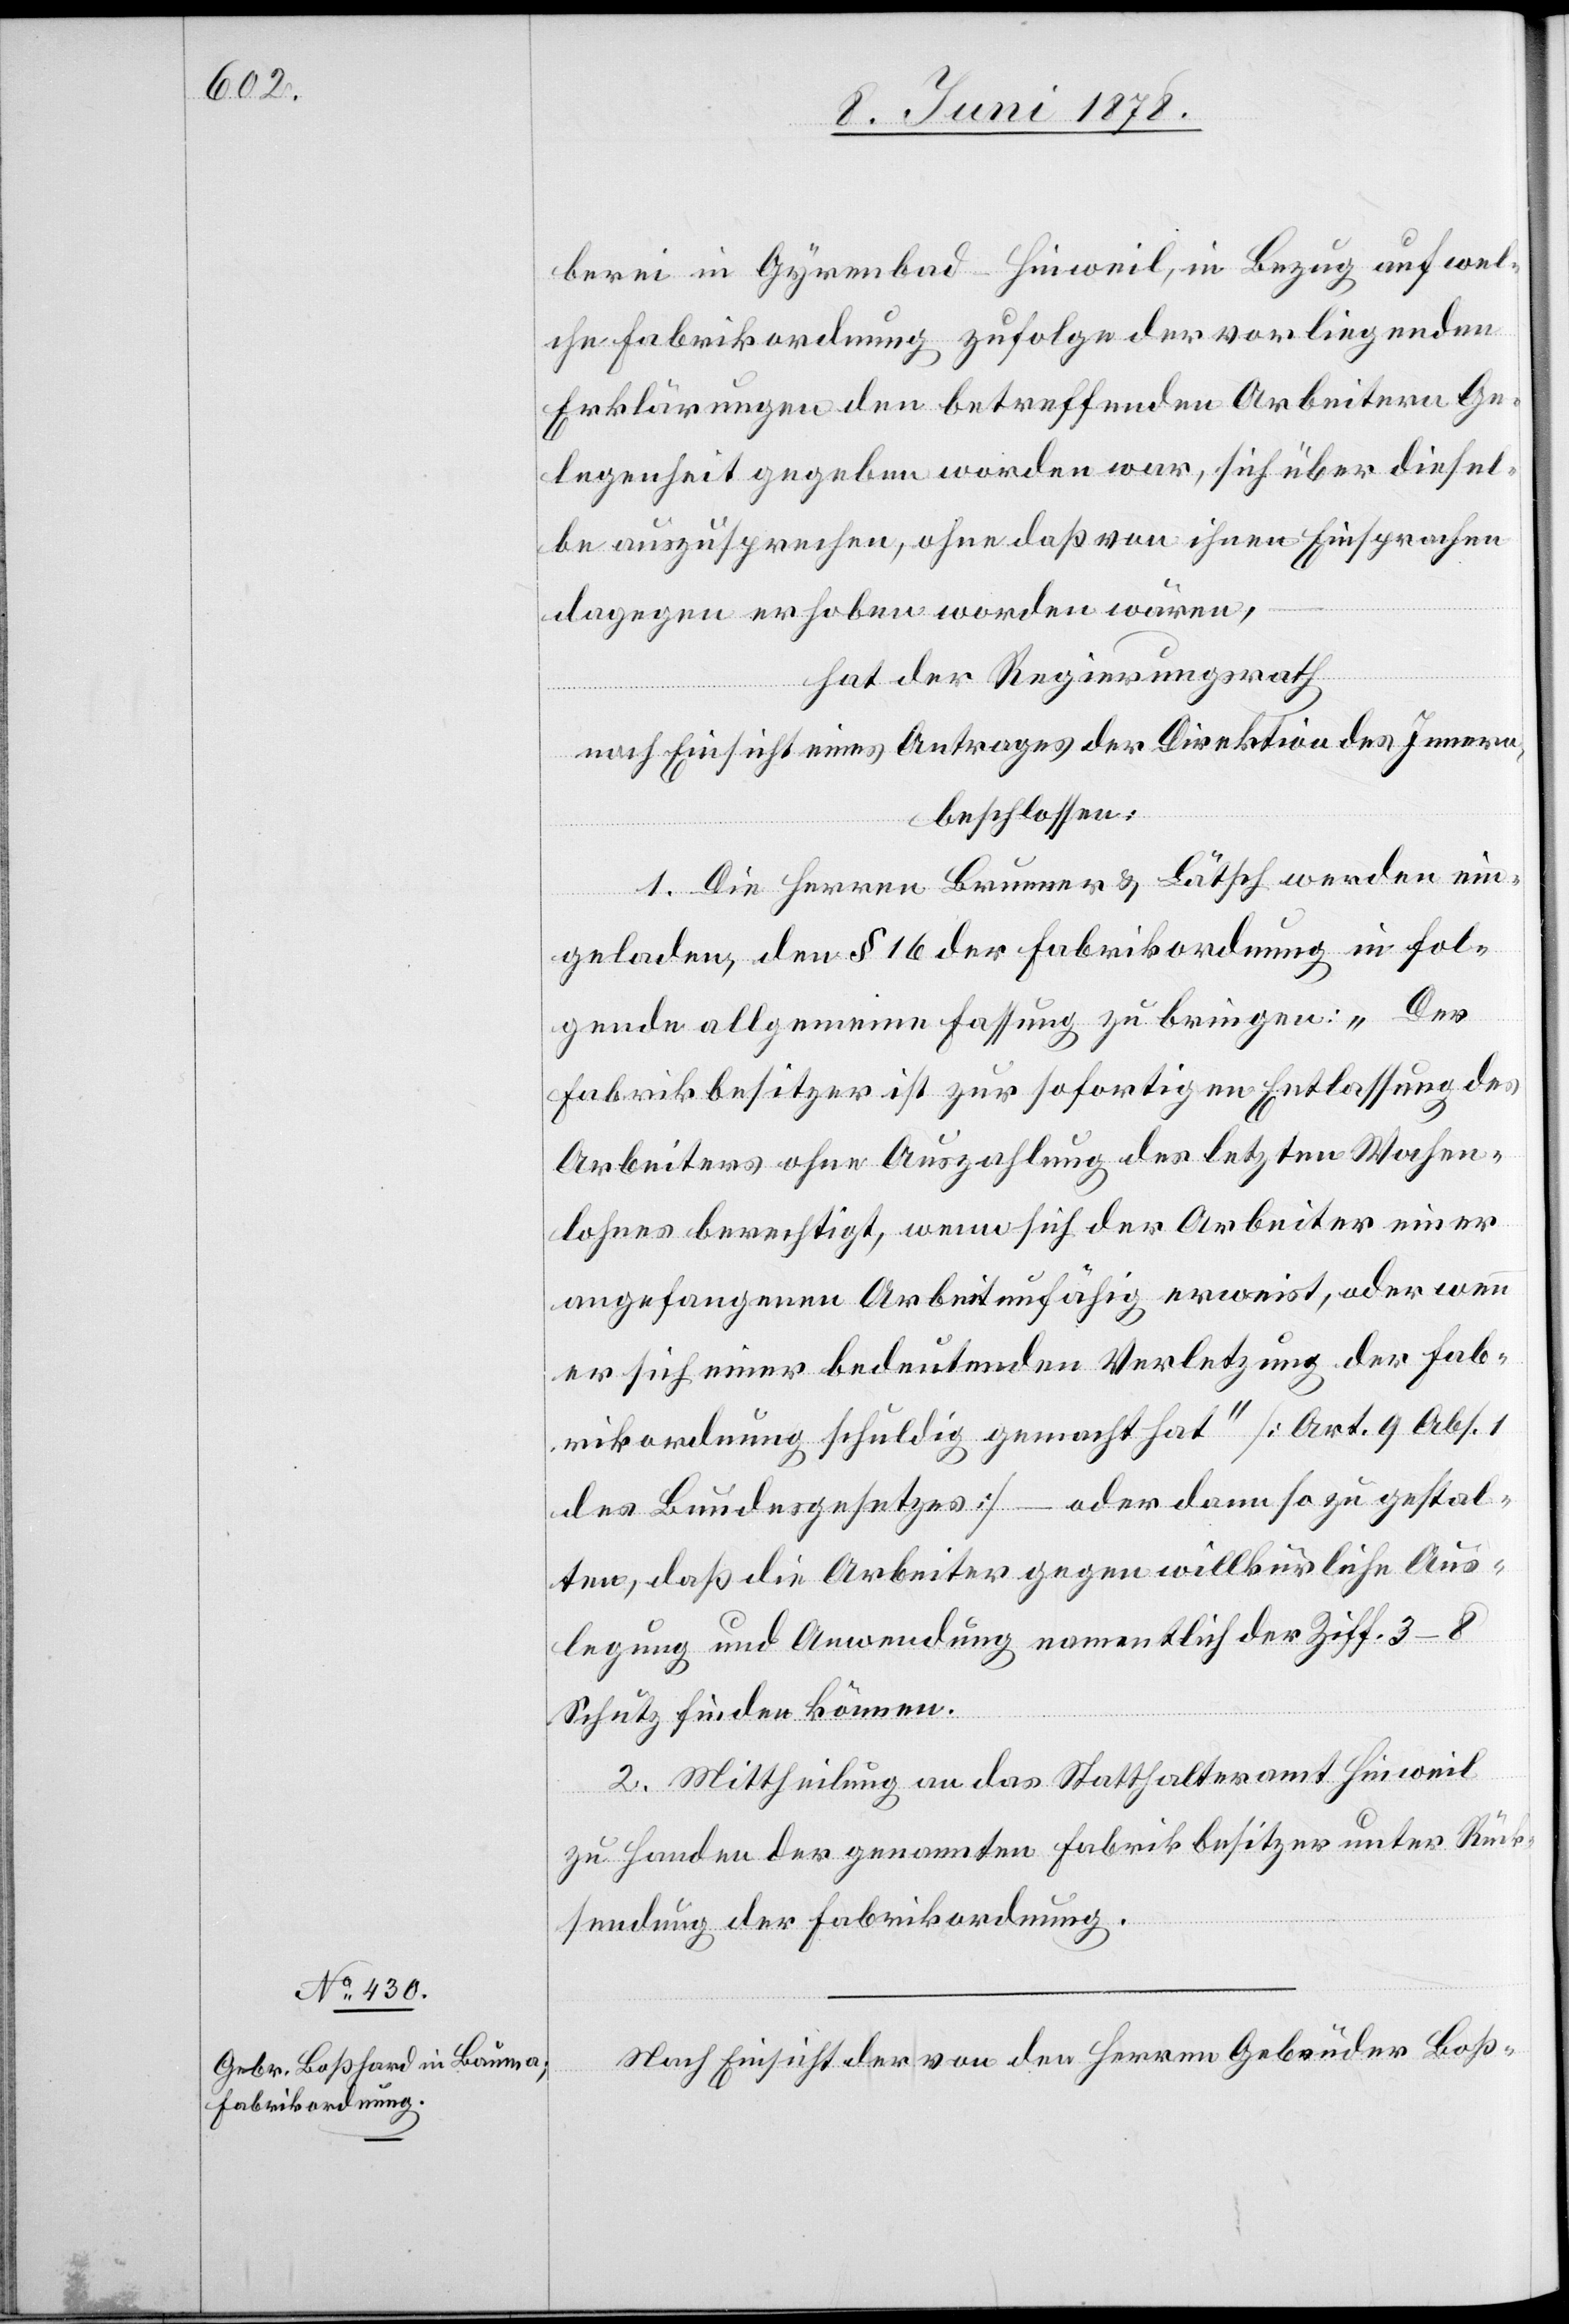
berei in Gyrenbad - Hinweil, in Bezug auf wel¬
che Fabrikordnung zufolge der vorliegenden
Erklärungen den betreffenden Arbeitern Ge¬
legenheit gegeben worden war, sich über diesel¬
be auszusprechen, ohne daß von ihnen Einsprachen
dagegen erhoben worden wären,
hat der Regierungsrath
nach Einsicht eines Antrages der Direktion des Innern,
beschlossen:
1. Die Herren Brunner & Lätsch werden ein¬
geladen, den § 16 der Fabrikordnung in fol¬
gende allgemeine Fassung zu bringen: „Der
Fabrikbesitzer ist zur sofortigen Entlassung des
Arbeiters ohne Auszahlung des letzten Wochen¬
lohnes berechtigt, wenn sich der Arbeiter einer
angefangenen Arbeit unfähig erweist, oder wenn
er sich einer bedeutenden Verletzung der Fab¬
rikordnung schuldig gemacht hat“ [Art. 9 Abs.
des Bundesgesetzes] – oder dann so zu gestal¬
ten, daß die Arbeiter gegen willkürliche Aus¬
legung und Anwendung namentlich der Ziff. 3–8
Schutz finden können.
2. Mittheilung an das Statthalteramt Hinweil
zu Handen der genannten Fabrikbesitzer unter Rück¬
sendung der Fabrikordnung.
Nach Einsicht der von den Herren Gebrüder Boß-